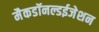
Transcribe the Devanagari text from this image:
मैकडॉनल्डईजेशन